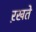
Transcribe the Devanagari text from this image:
ऱखते